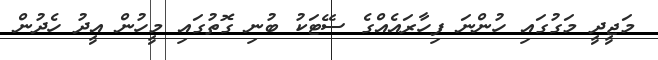
މަޖީދީ މަގުގައި ހުންނަ ފިހާރައެއްގެ ސޭޓަކު ބުނި ގޮތުގައި މީހުން އީދު ހެދުން